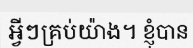
អ្វីៗគ្រប់យ៉ាង។ ខ្ញុំបាន